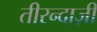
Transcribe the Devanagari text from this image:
तीरन्दाज़ी